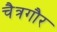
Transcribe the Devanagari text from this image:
चैत्रगौर